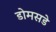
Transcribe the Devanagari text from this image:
डोमसडे